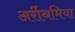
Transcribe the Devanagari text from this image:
अर्रीथमिया